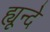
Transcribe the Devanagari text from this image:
ह्यून्दे